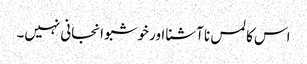
اس کا لمس نا آشنا اور خوشبو انجانی نہیں۔